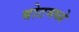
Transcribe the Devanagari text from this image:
बोटमध्ये